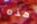
هذه